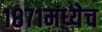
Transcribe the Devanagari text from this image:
१८७१मध्येच